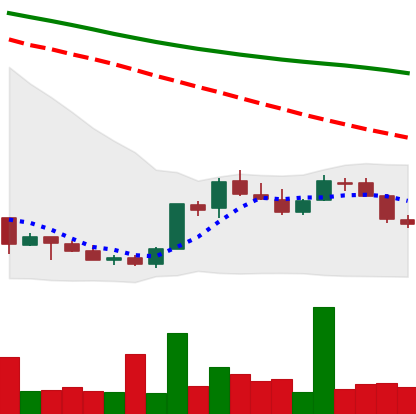
Ticker: LINK-USD
Chart end date: 2018-07-11
Forward return: 7.654%
Label: up_7plus